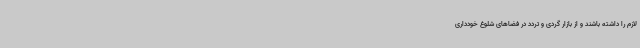
لازم را داشته باشند و از بازار گردی و تردد در فضاهای شلوغ خودداری